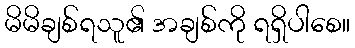
မိမိချစ်ရသူ၏ အချစ်ကို ရရှိပါစေ။